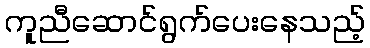
ကူညီဆောင်ရွက်ပေးနေသည့်